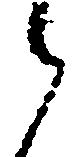
う